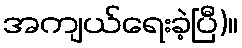
အကျယ်ရေးခဲ့ပြီ)။